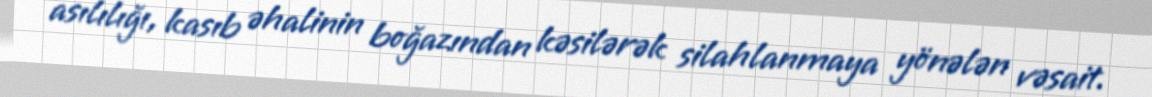
asılılığı, kasıb əhalinin boğazından kəsilərək silahlanmaya yönələn vəsait.